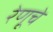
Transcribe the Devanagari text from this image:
रेणूचे